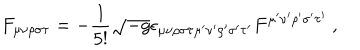
F _ { \mu \nu \rho \sigma \tau } = - \frac { 1 } { 5 ! } \sqrt { - g } \epsilon _ { \mu \nu \rho \sigma \tau \mu ^ { \prime } \nu ^ { \prime } \rho ^ { \prime } \sigma ^ { \prime } \tau ^ { \prime } } F ^ { \mu ^ { \prime } \nu ^ { \prime } \rho ^ { \prime } \sigma ^ { \prime } \tau ^ { \prime } } ~ ,